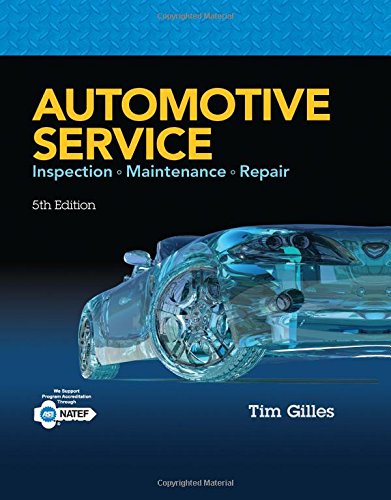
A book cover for Automotive Service: Inspection, Maintenance, Repair; Tim Gilles; Engineering & Transportation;